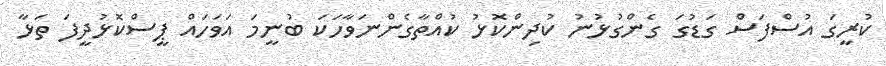
ކުރީގަ އުސްފަސް ގަޑުގަ ގެންގުޅުނު ކުދިންކޮޅު ކުއްތާގެންނަވާހަކަ ބުނީމަ އަވަހައް ޕީސްކޮޅުދީފަ ތަޅާ